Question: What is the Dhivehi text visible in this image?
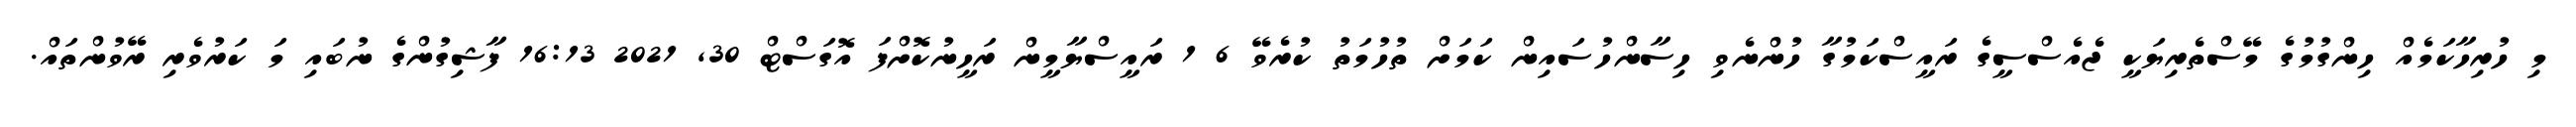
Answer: މި ހުރިހާކަމެއް ހިންގުމުގެ މޭސްތެރިޔަކީ ޖެއެސްސީގެ ރައީސްކަމުގާ ހުންނެވި ހިސާންހުސައިން ކަމަށް ތުހުމަތު ކުރެވޭ 6 1 ރައީސްޔާމީން ރަހީނުކޮށްފަ އޮގަސްޓް 30, 2021 16:13 ފާޝިގުންގެ ނުބައި މަ ކަރުވެރި ރޭވުންތައް.